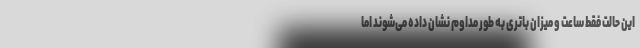
این حالت فقط ساعت و میزان باتری به طور مداوم نشان داده می‌شوند اما